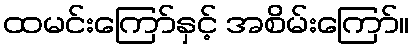
ထမင်းကြော်နှင့် အစိမ်းကြော်။